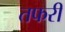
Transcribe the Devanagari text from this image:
तफरी